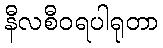
နီလစီဝရပါရုတာ